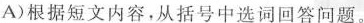
A)根据短文内容,从括号中选词回答问题。